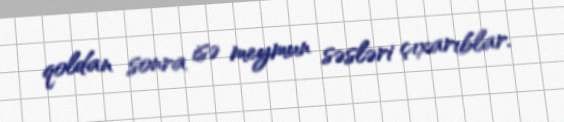
qoldan sonra isə meymun səsləri çıxarıblar.